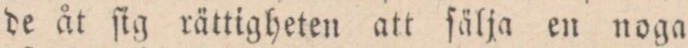
de åt ſig rättigheten att ſälja en noga